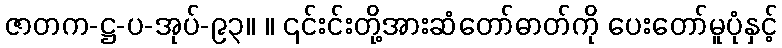
ဇာတက-ဋ္ဌ-ပ-အုပ်-၉၃။ ။ ၎င်းင်းတို့အားဆံတော်ဓာတ်ကို ပေးတော်မူပုံနှင့်